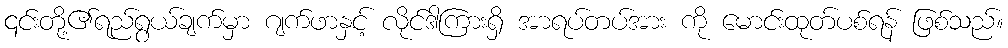
၎င်းတို့၏ရည်ရွယ်ချက်မှာ ဂျက်ဖာနှင့် လိုင်ဒါကြားရှိ အာရပ်တပ်အား ကို မောင်းထုတ်ပစ်ရန် ဖြစ်သည်။